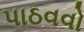
પાઠવવો